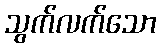
သွက်လက်သော